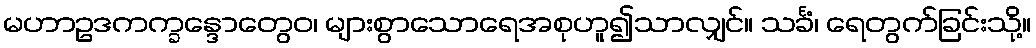
မဟာဥဒကက္ခန္ဒောတွေဝ၊ များစွာသောရေအစုဟူ၍သာလျှင်။ သင်္ခံ၊ ရေတွက်ခြင်းသို့။